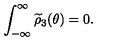
\int _ { - \infty } ^ { \infty } \widetilde { \rho } _ { 3 } ( \theta ) = 0 .